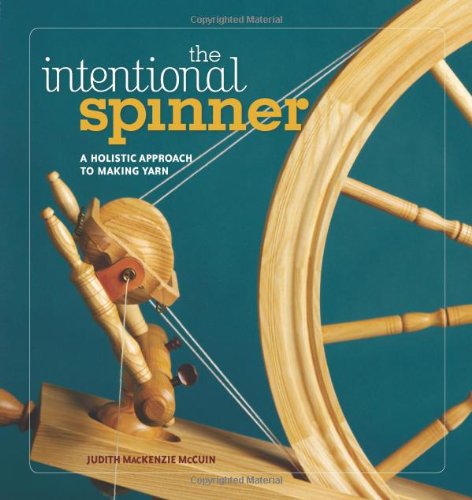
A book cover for The Intentional Spinner; Judith MacKenzie McCuin; Crafts, Hobbies & Home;